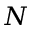
N